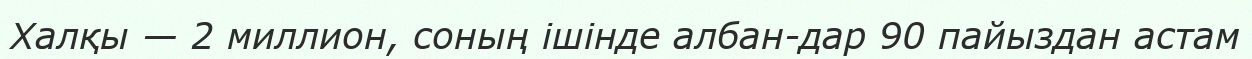
Халқы — 2 миллион, соның ішінде албан­дар 90 пайыздан астам